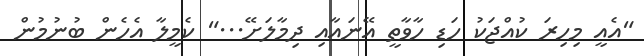
"އެއީ މިހިރަ ކުއްޖަކު ހަޑި ހާވާތީ އޭނައާއި ދިމާލަށޭ..." ކެމީލާ އެހެން ބުނުމުން